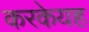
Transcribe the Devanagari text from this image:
करकेयह